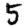
Digit: 5